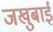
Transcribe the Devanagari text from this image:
जखुबाई